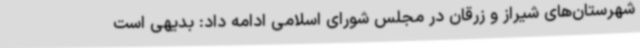
شهرستان‌های شیراز و زرقان در مجلس شورای اسلامی ادامه داد: بدیهی است